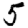
Digit: 5